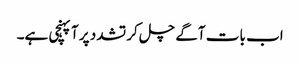
اب بات آگے چل کر تشدد پر آپہنچی ہے۔